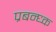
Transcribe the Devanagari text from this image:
प्रबन्ध्क